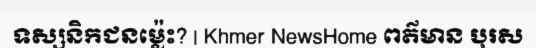
ទស្សនិកជនម្ល៉េះ? | Khmer NewsHome ពត៌មាន បុរស